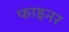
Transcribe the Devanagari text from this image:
फाइनर